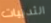
الثدييات